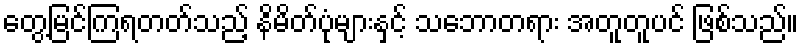
တွေ့မြင်ကြရတတ်သည့် နိမိတ်ပုံများနှင့် သဘောတရား အတူတူပင် ဖြစ်သည်။